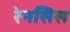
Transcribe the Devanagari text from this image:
रेनसिस